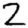
Digit: 2